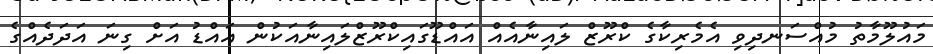
މައުލޫމާތު މުއްސަނދިވި އެމެރިކާގެ ކްރޫޒް ލައިނާއެއް އައްޑޫގައިކްރޫޒްލައިނާއަކުން އައްޑު އަށް ގިނަ އަދަދެއްގެ